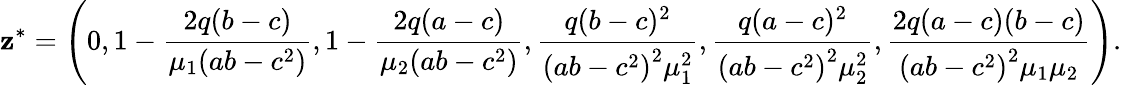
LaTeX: \boldsymbol{\mathbf{z}}^{*}=\left(0,1-\frac{{2q(b-c)}}{{\mu_{1}(ab-c^{2})}},1-\frac{{2q(a-c)}}{{\mu_{2}(ab-c^{2})}},\frac{{q(b-c)^{2}}}{{\left(ab-c^{2}\right)^{2}\mu_{1}^{2}}},\frac{{q(a-c)^{2}}}{{\left(ab-c^{2}\right)^{2}\mu_{2}^{2}}},\frac{{2q(a-c)(b-c)}}{{\left(ab-c^{2}\right)^{2}\mu_{1}\mu_{2}}}\right).